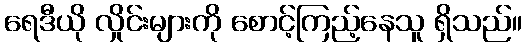
ရေဒီယို လှိုင်းများကို စောင့်ကြည့်နေသူ ရှိသည်။